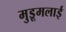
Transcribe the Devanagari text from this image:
मुडूमलाई